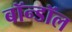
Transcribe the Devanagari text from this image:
बॉन्डॉल